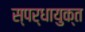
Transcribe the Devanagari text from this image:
स्पर्धायुक्त